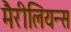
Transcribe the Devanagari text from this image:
मैरीलियन्स